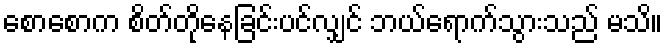
စောစောက စိတ်တိုနေခြင်းပင်လျှင် ဘယ်ရောက်သွားသည် မသိ။